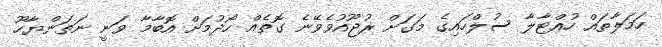
ހަމަލާތައް ހުއްޓާލާ ސުލްހައިގެ މަގަށް ރުޖޫއުވެވޭނެ ގޮތެއް ހޯދުމަށް އޮބާމާ ވަނީ ނަތަންޔާހޫ